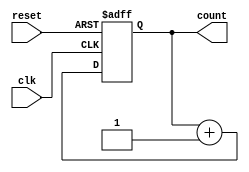
module async_counter #(parameter N = 4) (
    input wire clk,
    input wire reset,
    output reg [N-1:0] count
);

// Asynchronous counter implementation
always @(posedge clk or posedge reset) begin
    if (reset) begin
        count <= 0; // Reset count to 0
    end else begin
        count[N-1:0] <= count[N-1:0] + 1; // Increment count
    end
end

endmodule